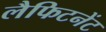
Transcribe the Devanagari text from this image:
लैफिटनेंट